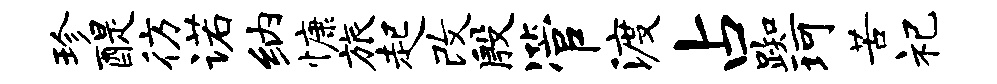
珍醍彷诺纳慷旅起改殷管渡占踟珂苦祀